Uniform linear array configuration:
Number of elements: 48
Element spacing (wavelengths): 0.25
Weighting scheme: exponential
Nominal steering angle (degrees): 15
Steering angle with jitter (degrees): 15.523
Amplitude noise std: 0.05
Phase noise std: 0.05

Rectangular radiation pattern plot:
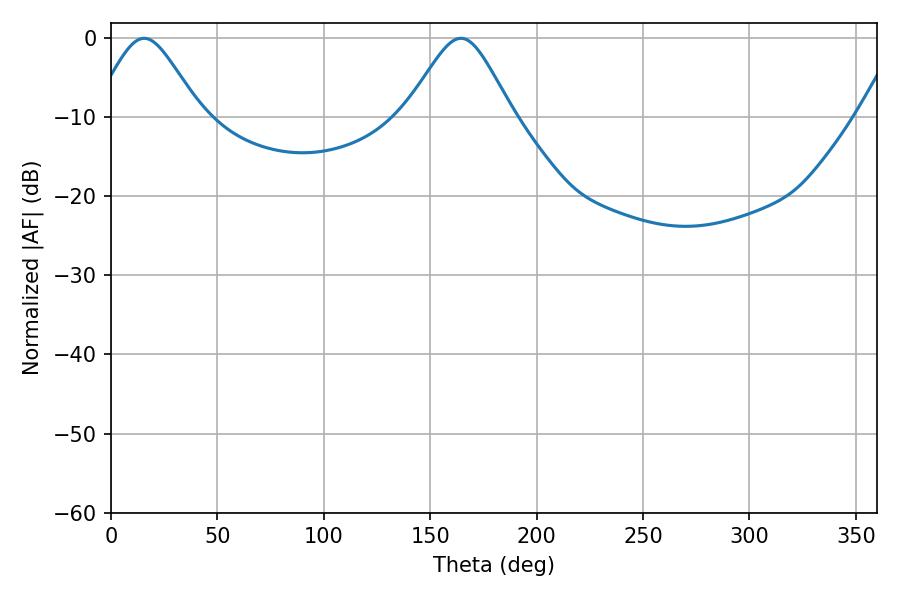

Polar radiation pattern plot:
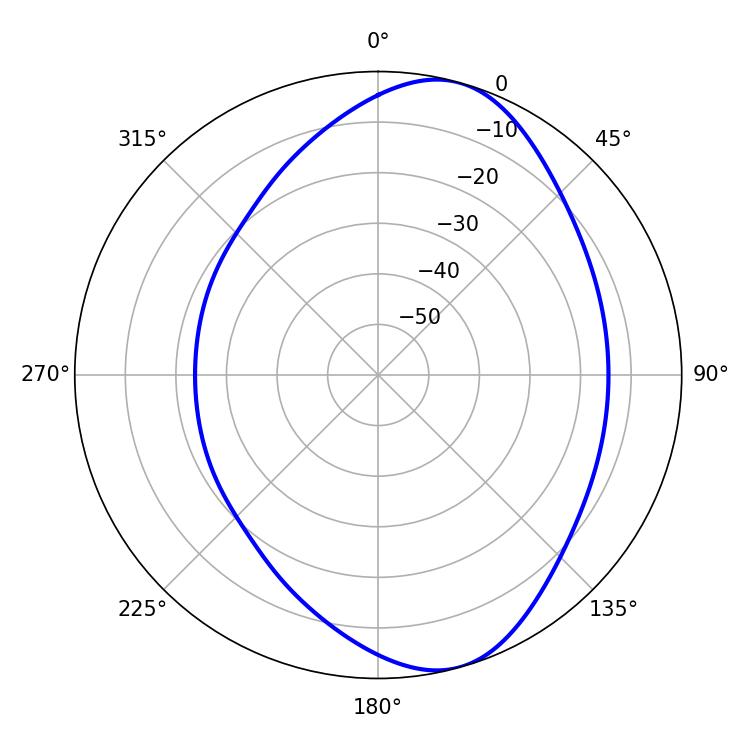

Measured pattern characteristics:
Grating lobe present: FALSE
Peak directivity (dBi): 7.932
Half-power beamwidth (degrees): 24.3
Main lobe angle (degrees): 15.48